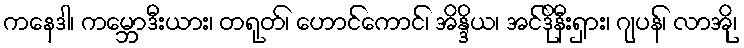
ကနေဒါ၊ ကမ္ဘောဒီးယား၊ တရုတ်၊ ဟောင်ကောင်၊ အိန္ဒိယ၊ အင်ဒိုနီးရှား၊ ဂျပန်၊ လာအို၊